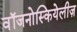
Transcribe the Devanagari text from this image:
वॉजनोस्कियेलीज़